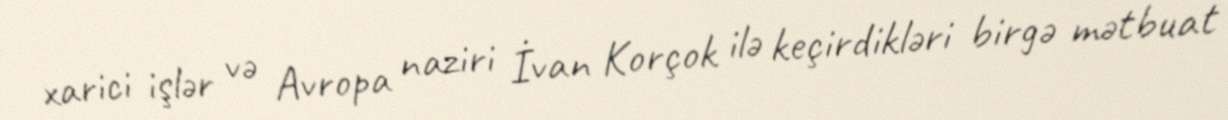
xarici işlər və Avropa naziri İvan Korçok ilə keçirdikləri birgə mətbuat